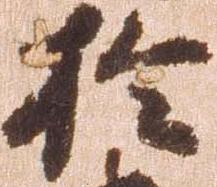
於